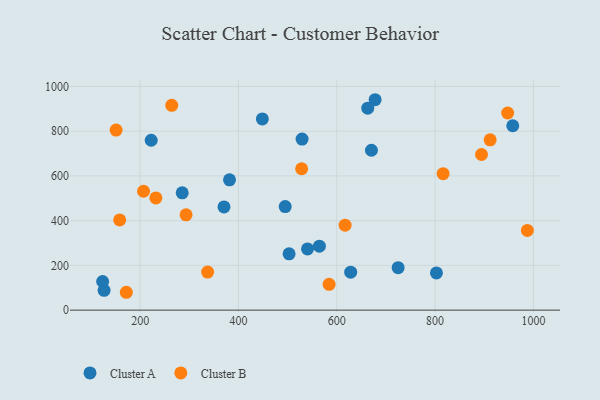
{"axis": {"x": "Speed", "y": "Rating"}, "legend": ["Cluster A", "Cluster B"], "data": [{"x": "126.7", "y": 88.8, "type": "Cluster A"}, {"x": "802.7", "y": 166.5, "type": "Cluster A"}, {"x": "503.0", "y": 251.6, "type": "Cluster A"}, {"x": "564.6", "y": 285.9, "type": "Cluster A"}, {"x": "529.4", "y": 764.8, "type": "Cluster A"}, {"x": "958.0", "y": 824.1, "type": "Cluster A"}, {"x": "222.5", "y": 759.3, "type": "Cluster A"}, {"x": "495.1", "y": 463.0, "type": "Cluster A"}, {"x": "540.5", "y": 273.5, "type": "Cluster A"}, {"x": "123.7", "y": 128.1, "type": "Cluster A"}, {"x": "628.3", "y": 169.9, "type": "Cluster A"}, {"x": "678.0", "y": 940.5, "type": "Cluster A"}, {"x": "670.5", "y": 714.7, "type": "Cluster A"}, {"x": "285.6", "y": 524.6, "type": "Cluster A"}, {"x": "663.0", "y": 902.7, "type": "Cluster A"}, {"x": "370.6", "y": 461.5, "type": "Cluster A"}, {"x": "448.6", "y": 854.9, "type": "Cluster A"}, {"x": "381.8", "y": 582.7, "type": "Cluster A"}, {"x": "724.8", "y": 190.0, "type": "Cluster A"}, {"x": "232.0", "y": 501.4, "type": "Cluster B"}, {"x": "987.7", "y": 356.5, "type": "Cluster B"}, {"x": "912.0", "y": 761.1, "type": "Cluster B"}, {"x": "293.4", "y": 426.0, "type": "Cluster B"}, {"x": "151.1", "y": 804.7, "type": "Cluster B"}, {"x": "584.4", "y": 115.5, "type": "Cluster B"}, {"x": "894.4", "y": 695.6, "type": "Cluster B"}, {"x": "528.5", "y": 631.9, "type": "Cluster B"}, {"x": "171.9", "y": 79.9, "type": "Cluster B"}, {"x": "206.9", "y": 531.5, "type": "Cluster B"}, {"x": "158.4", "y": 403.2, "type": "Cluster B"}, {"x": "947.6", "y": 881.1, "type": "Cluster B"}, {"x": "816.3", "y": 610.1, "type": "Cluster B"}, {"x": "264.3", "y": 915.3, "type": "Cluster B"}, {"x": "616.9", "y": 379.7, "type": "Cluster B"}, {"x": "337.3", "y": 170.3, "type": "Cluster B"}]}